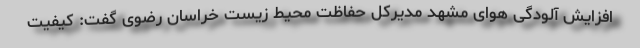
افزایش آلودگی هوای مشهد مدیرکل حفاظت محیط زیست خراسان رضوی گفت: کیفیت